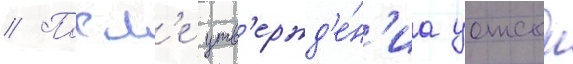
// Посл'е утв'ержд'е́н'иа уотсон